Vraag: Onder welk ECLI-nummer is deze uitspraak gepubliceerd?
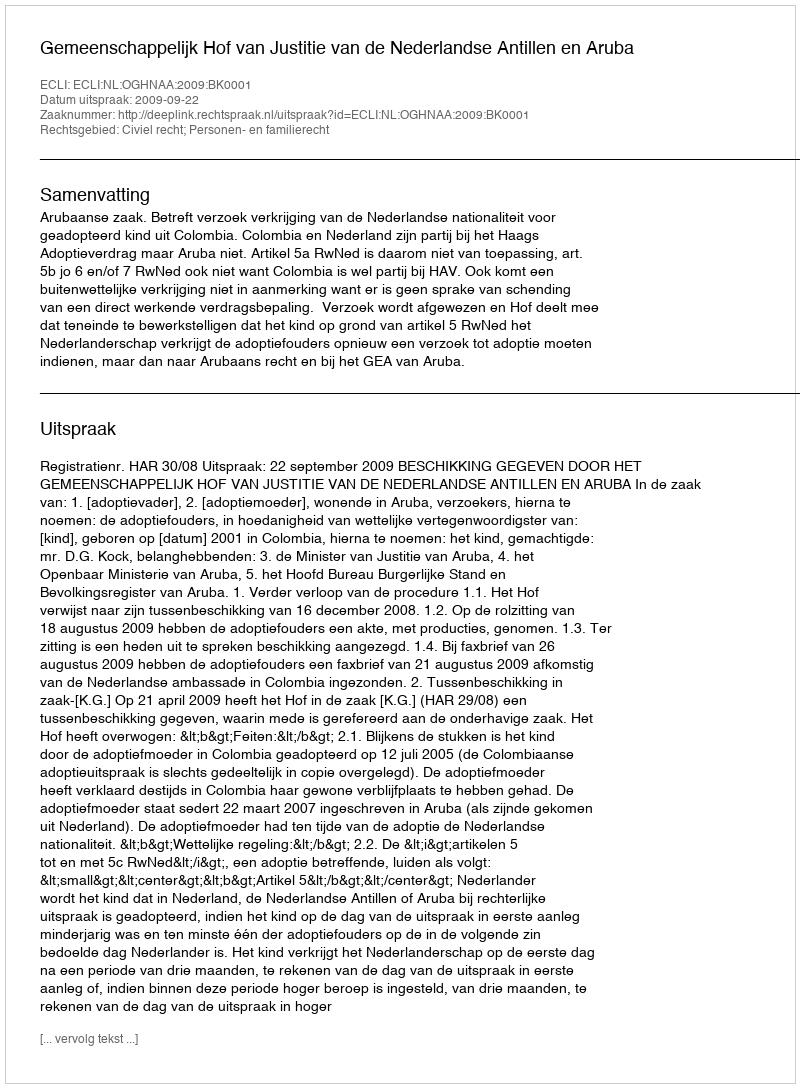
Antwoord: ECLI:NL:OGHNAA:2009:BK0001